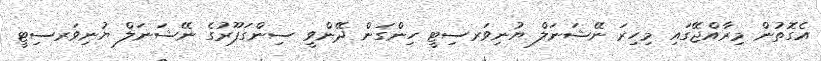
އެގޮތުން މިރާއްޖޭގައި މިިހިރަ ނޭޝަނަލް ޔުނިވަރސިޓީ ހިންގަން ދޭންވީ ސިންގަޕޫރުގެ ނޭޝަނަލް ޔުނިވަރސިޓީ